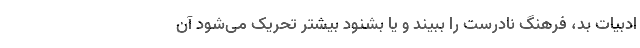
ادبیات بد، فرهنگ نادرست را ببیند و یا بشنود بیشتر تحریک می‌شود آن